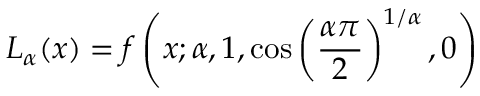
L _ { \alpha } ( x ) = f \left( x ; \alpha , 1 , \cos \left( { \frac { \alpha \pi } { 2 } } \right) ^ { 1 / \alpha } , 0 \right)